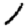
Digit: 1